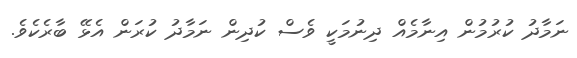
ނަމާދު ކުރުމުން އިނާމެއް ދިނުމަކީ ވެސް ކުދިން ނަމާދު ކުރަން އެޅޭ ބާރެކެވެ.